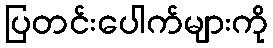
ပြတင်းပေါက်များကို